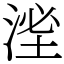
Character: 㳴